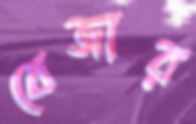
বেজার